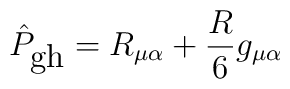
\hat{P}_{\mbox{gh}}=R_{\mu \alpha} + \frac{R}{6} g_{\mu \alpha}